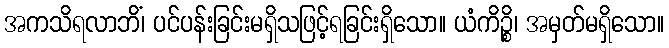
အကသိရလာဘိံ၊ ပင်ပန်းခြင်းမရှိသဖြင့်ရခြင်းရှိသော။ ယံကိဉ္စိ၊ အမှတ်မရှိသော။